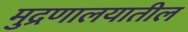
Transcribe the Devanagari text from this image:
मुद्रणालयातील